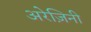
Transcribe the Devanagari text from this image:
अरेज़िनी